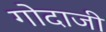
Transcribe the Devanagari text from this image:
गोदाजी